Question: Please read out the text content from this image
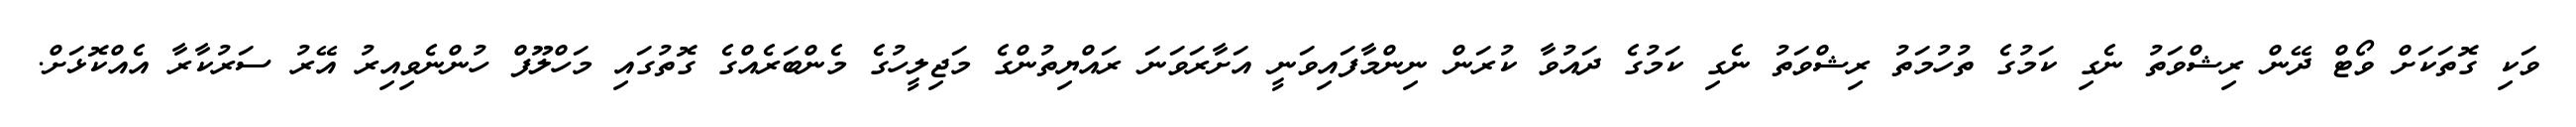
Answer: ވަކި ގޮތަކަށް ވޯޓް ދޭން ރިޝްވަތު ނެގި ކަމުގެ ތުހުމަތު ރިޝްވަތު ނެގި ކަމުގެ ދައުވާ ކުރަން ނިންމާފައިވަނީ އަށާރަވަނަ ރައްޔިތުންގެ މަޖިލީހުގެ މެންބަރެއްގެ ގޮތުގައި މަހްލޫފް ހުންނެވިއިރު އޭރު ސަރުކާރާ އެއްކޮޅަށް.